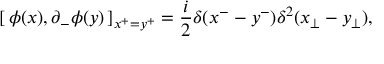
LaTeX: [ \, \phi ( x ) , \partial _ { - } \phi ( y ) \, ] _ { x ^ { + } = y ^ { + } } = \frac { i } { 2 } \delta ( x ^ { - } - y ^ { - } ) \delta ^ { 2 } ( x _ { \perp } - y _ { \perp } ) ,